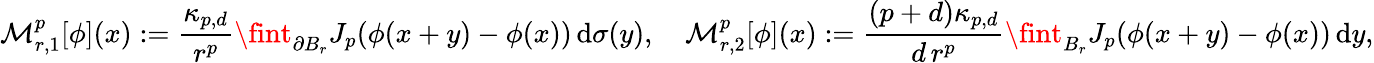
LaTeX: \mathcal{M}_{r,1}^{p}[\phi](x):=\frac{\kappa_{p,d}}{r^{p}}\fint_{\partial B_{r}}J_{p}(\phi(x+y)-\phi(x))\, \mathrm{d}\sigma(y),\quad\mathcal{M}_{r,2}^{p}[\phi](x):=\frac{(p+d)\kappa_{p,d}}{d\, r^{p}}\fint_{B_{r}}J_{p}(\phi(x+y)-\phi(x))\, \mathrm{d}y,